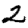
Digit: 2